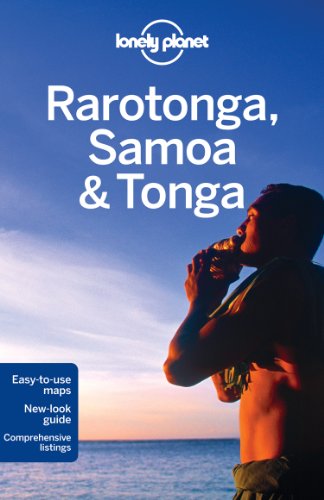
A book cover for Lonely Planet Rarotonga, Samoa & Tonga (Travel Guide); Lonely Planet; Travel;